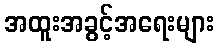
အထူးအခွင့်အရေးများ